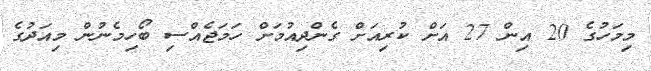
މިމަހުގެ 20 އިން 27 އަށް ކުރިއަށް ގެންދިއުމަށް ހަމަޖެއްސި ބޯހިމެނުން މިއަދުގެ